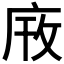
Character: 𫷫